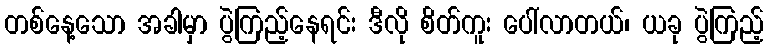
တစ်နေ့သော အခါမှာ ပွဲကြည့်နေရင်း ဒီလို စိတ်ကူး ပေါ်လာတယ်၊ ယခု ပွဲကြည့်